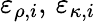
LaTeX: \varepsilon_{\rho,i},\, \varepsilon_{\kappa,i}